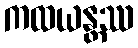
ကထယန္တဿ